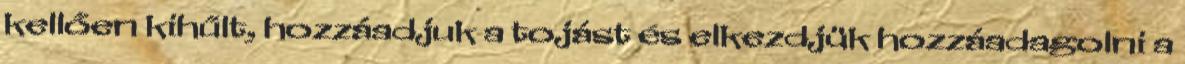
kellően kihűlt, hozzáadjuk a tojást és elkezdjük hozzáadagolni a